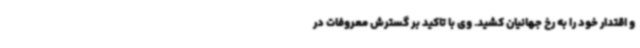
و اقتدار خود را به رخ جهانیان کشید. وی با تاکید بر گسترش معروفات در